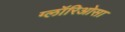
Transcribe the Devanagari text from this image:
ग्लॉरिओसा